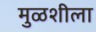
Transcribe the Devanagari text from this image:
मुळशीला